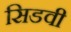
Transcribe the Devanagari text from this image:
सिडवी